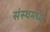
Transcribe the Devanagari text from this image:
संस्थमध्ये